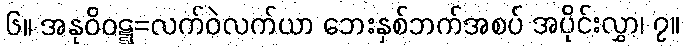
၆။ အနုဝိဝဋ္ဋ=လက်ဝဲလက်ယာ ဘေးနှစ်ဘက်အစပ် အပိုင်းလွှာ၊ ၇။